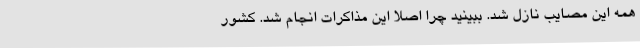
همه این مصایب نازل شد. ببینید چرا اصلا این مذاکرات انجام شد. کشور